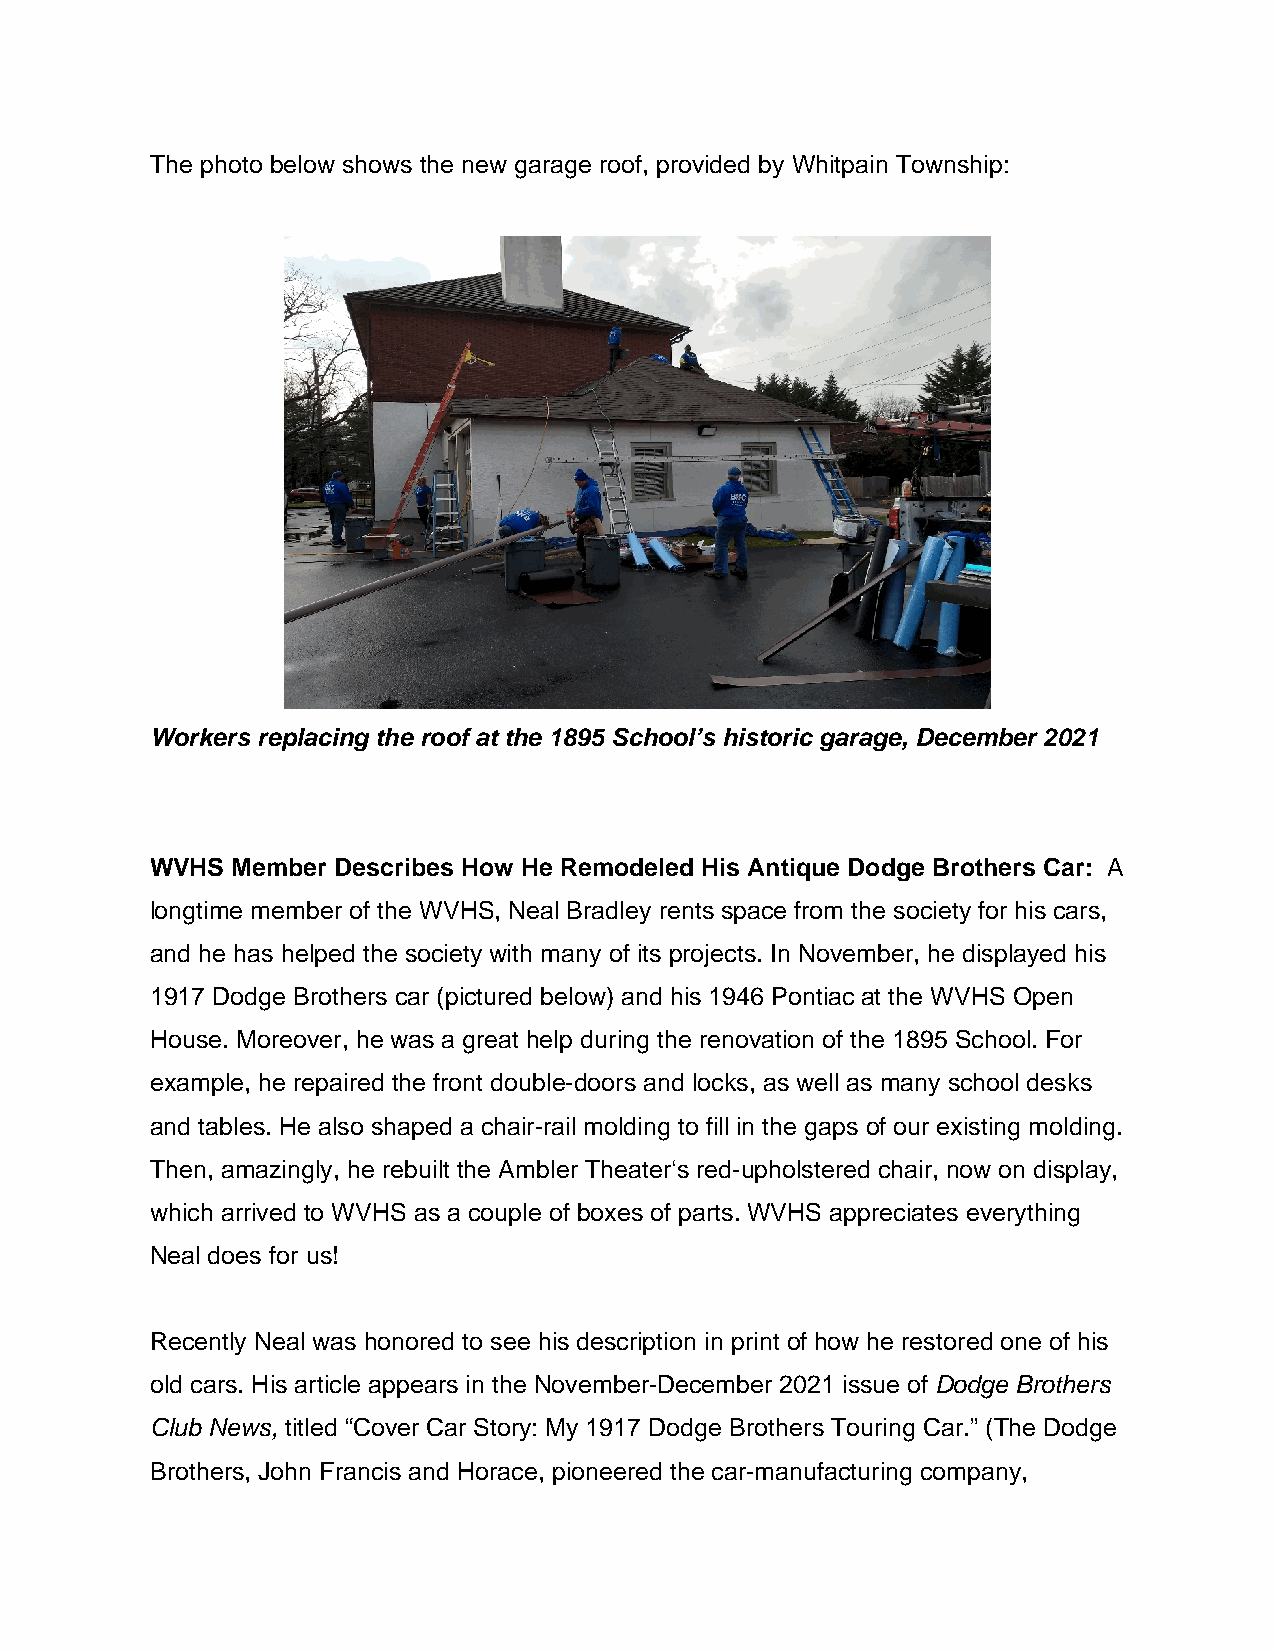
The photo below shows the new garage roof, provided by Whitpain Township:
 Workers replacing the roof at the 1895 School’s historic garage, December 2021
 WVHS Member Describes How He Remodeled His Antique Dodge Brothers Car: A
 longtime member of the WVHS, Neal Bradley rents space from the society for his cars,
 and he has helped the society with many of its projects. In November, he displayed his
 1917 Dodge Brothers car (pictured below) and his 1946 Pontiac at the WVHS Open
 House. Moreover, he was a great help during the renovation of the 1895 School. For
 example, he repaired the front double-doors and locks, as well as many school desks
 and tables. He also shaped a chair-rail molding to fill in the gaps of our existing molding.
 Then, amazingly, he rebuilt the Ambler Theater‘s red-upholstered chair, now on display,
 which arrived to WVHS as a couple of boxes of parts. WVHS appreciates everything
 Neal does for us!
 Recently Neal was honored to see his description in print of how he restored one of his
 old cars. His article appears in the November-December 2021 issue of Dodge Brothers
 Club News, titled “Cover Car Story: My 1917 Dodge Brothers Touring Car.” (The Dodge
 Brothers, John Francis and Horace, pioneered the car-manufacturing company,